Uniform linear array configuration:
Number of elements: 64
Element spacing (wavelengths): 0.75
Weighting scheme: hamming
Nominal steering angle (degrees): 30
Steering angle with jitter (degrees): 31.919
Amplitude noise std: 0.05
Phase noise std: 0.05

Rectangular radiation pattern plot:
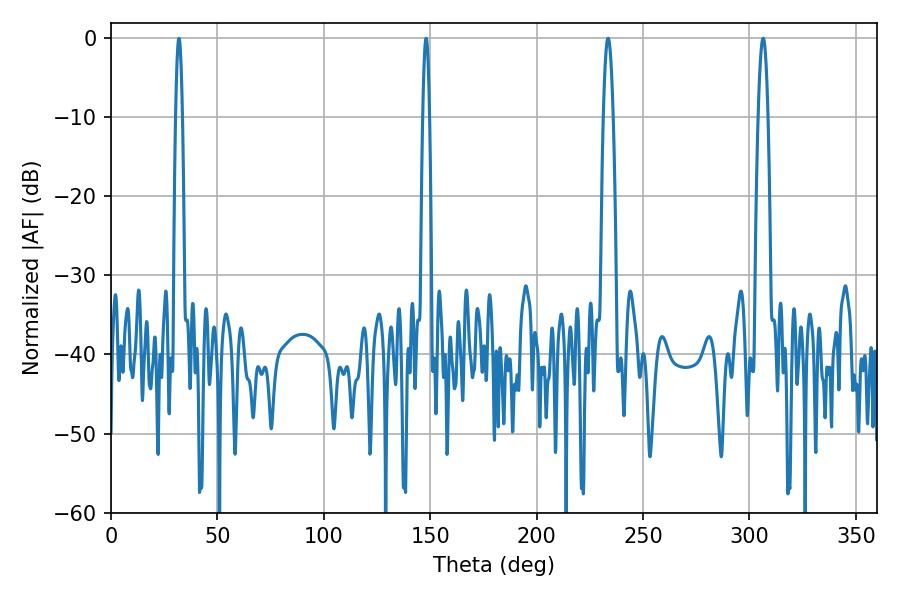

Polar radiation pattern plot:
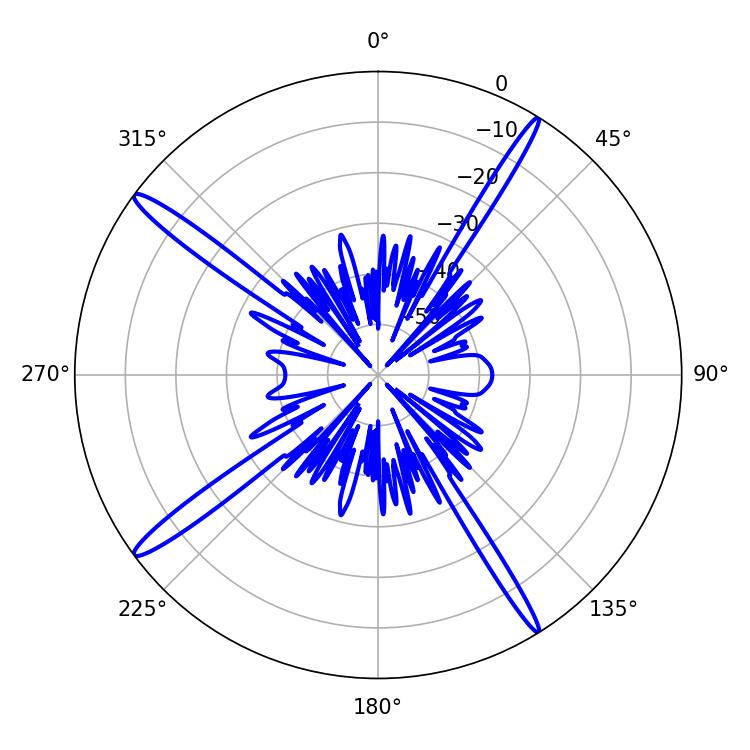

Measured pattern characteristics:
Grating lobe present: TRUE
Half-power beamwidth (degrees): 2.52
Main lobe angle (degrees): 306.36